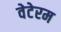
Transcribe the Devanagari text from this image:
वेटेरम